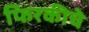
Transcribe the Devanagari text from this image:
फिरकीचे